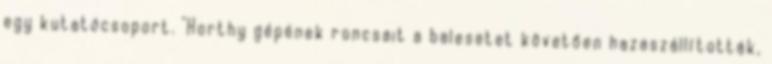
egy kutatócsoport. "Horthy gépének roncsait a balesetet követően hazaszállították,